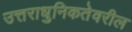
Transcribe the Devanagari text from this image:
उत्तराधुनिकतेवरील